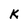
Character: K